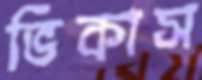
ভিকাস